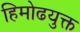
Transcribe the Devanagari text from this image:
हिमोढयुक्त